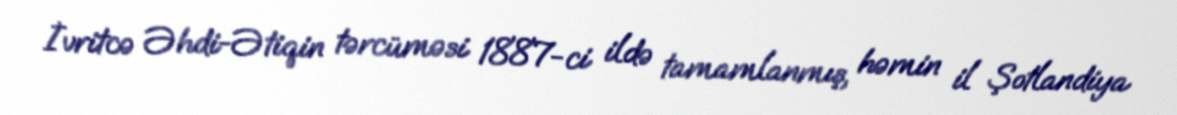
İvritcə Əhdi-Ətiqin tərcüməsi 1887-ci ildə tamamlanmış, həmin il Şotlandiya